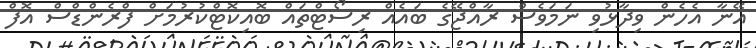
އޭނާ އެހެން ވިދާޅުވި ނަމަވެސް ރާއްޖޭގެ ބައެއް ރިސޯޓްތައް ބޮއިކޮޓްކުރުމަށް ފްރެންޑްސް އޮފް